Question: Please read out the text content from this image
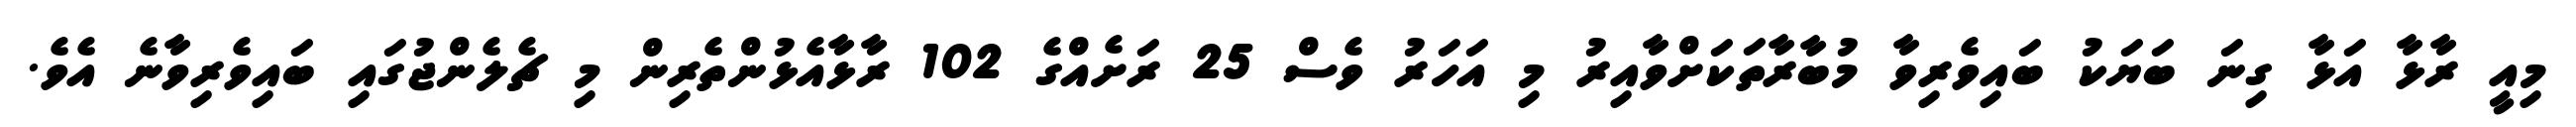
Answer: މިއީ ރާޅާ އަޅާ ގިނަ ބަޔަކު ބައިވެރިވާ މުބާރާތަކަށްވާއިރު މި އަހަރު ވެސް 25 ރަށެއްގެ 102 ރާޅާއެޅުންތެރިން މި ޗެލެންޖުގައި ބައިވެރިވާނެ އެވެ.